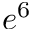
e ^ { 6 }